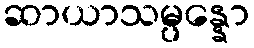
ဆာယာသမ္ပန္နော